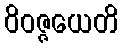
ဝိဝဇ္ဇယေတိ